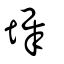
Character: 墀